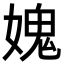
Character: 媿